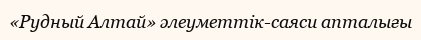
«Рудный Алтай» әлеуметтік-саяси апталығы